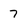
Character: 7